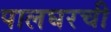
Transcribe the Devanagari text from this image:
पालघरची